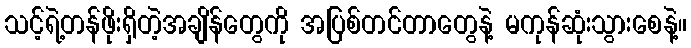
သင့်ရဲ့တန်ဖိုးရှိတဲ့အချိန်တွေကို အပြစ်တင်တာတွေနဲ့ မကုန်ဆုံးသွားစေနဲ့။